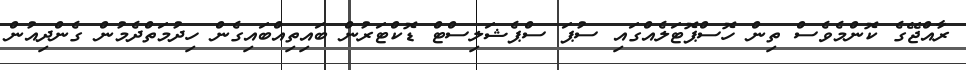
ރާއްޖޭގެ ކޮންމެވެސް ތިން ހޮސްޕޮޓަލެއްގައި ސުޕަ ސްޕެޝަލިސްޓް ޑޮކްޓަރުން ބައިތިއްބައިގެން ހިދުމަތްދެމުން ގެންދިއުން